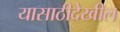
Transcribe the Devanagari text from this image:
यासाठीदेखील